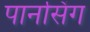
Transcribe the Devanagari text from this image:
पानसिंग